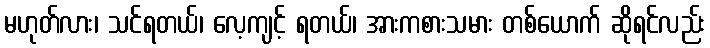
မဟုတ်လား၊ သင်ရတယ်၊ လေ့ကျင့် ရတယ်၊ အားကစားသမား တစ်ယောက် ဆိုရင်လည်း